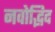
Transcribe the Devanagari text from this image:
नवोद्भिद